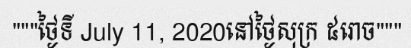
"""ថ្ងៃទី July 11, 2020នៅថ្ងៃសុក្រ ៥រោច"""